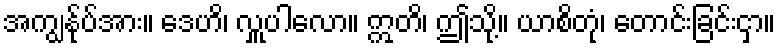
အကျွန်ုပ်အား။ ဒေဟိ၊ လှူပါလော။ ဣတိ၊ ဤသို့။ ယာစိတုံ၊ တောင်းခြင်းငှာ။